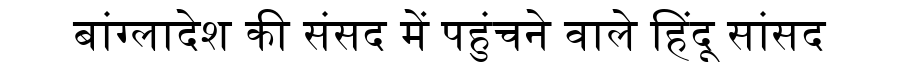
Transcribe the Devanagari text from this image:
बांग्लादेश की संसद में पहुंचने वाले हिंदू सांसद